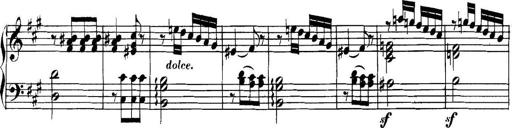
Title: Collected Piano Sonatas
Composer: Muzio Clementi